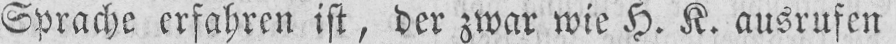
Sprache erfahren ist, der zwar wie H. K. ausrufen